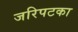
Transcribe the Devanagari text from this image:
जरिपटका